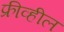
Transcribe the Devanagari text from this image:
फ्रीव्हील